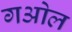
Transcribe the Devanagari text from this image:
गओल